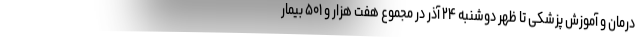
درمان و آموزش پزشکی تا ظهر دوشنبه ۲۴ آذر در مجموع هفت هزار و ۵۰۱ بیمار